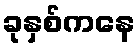
ခုနှစ်ကနေ